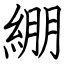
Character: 綳